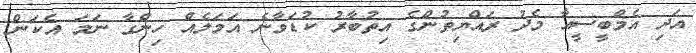
އަދި އެމްބީސީއާ މެދު ރައްޔިތުންގެ އިތުބާރު ކުޑަވާނެ އަމަލެއް ހިންގާ ނަމަ އެކަން